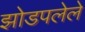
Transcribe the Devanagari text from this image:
झोडपलेले